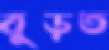
বুড়ত